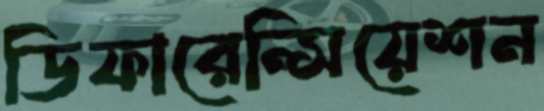
ডিফারেন্সিয়েশন